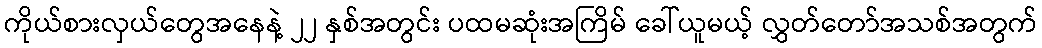
ကိုယ်စားလှယ်တွေအနေနဲ့ ၂၂ နှစ်အတွင်း ပထမဆုံးအကြိမ် ခေါ်ယူမယ့် လွှတ်တော်အသစ်အတွက်